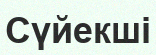
Сүйекші